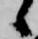
候